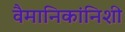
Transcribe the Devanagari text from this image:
वैमानिकांनिशी